Reports on dispensaries and lunatic asylums in the Province of Oudh - 1869-1876
Year: 1869
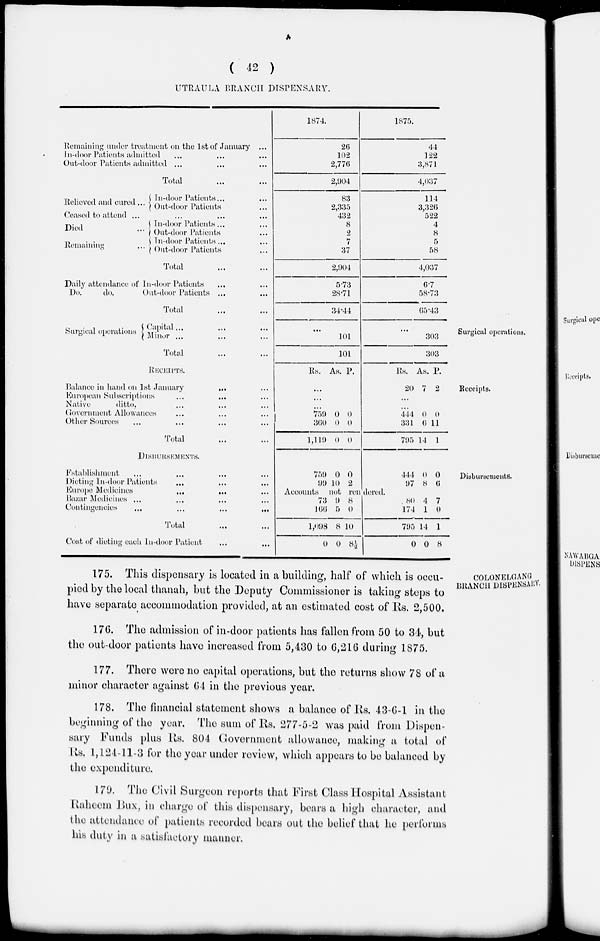
( 42 )
UTRAULA BRANCH DISPENSARY.
Remaining under treatment on the 1st of January ...
In-door Patients admitted ... ... ...
Out-door Patients admitted ... ... ...
Total ... ...
1874.
26
102
2,776
2,904
1875.
44
122
3,871
4,037
Relieved and cured ...
In-door Patients ... ...
Out-door Patients ...
Ceased to attend ... ... ... ...
Died ...
Remaining ...
In-door Patients ... ...
Out-door Patients ...
In-door Patients ... ...
Out-door Patients ...
Total ... ...
83
2,335
432
8
2
7
37
2,904
114
3,326
522
4
8
5
58
4,037
Daily attendance of In-door Patients
... ...
Do.
do.
Out-door Patients ...
...
Total
...
...
5.73
28.71
34.44
6.7
58.73
65.43
Surgical operations.
Surgical operations
Capital ... ... ...
Minor ... ... ...
Total ... ...
...
101
101
...
303
303
Receipts.
RECEIPTS.
Balance in hand on 1st January
...
...
European Subscriptions
...
...
Native
ditto, ... ... ...
Government Allowances ... ... ...
Other Sources ... ...
Total ... ...
Rs. As. P.
...
...
...
759
360
1,119
0
0
0
0
0
0
Rs.
20
As.
7
P.
2
...
...
444
331
795
0
6
14
0
11
1
Disbursements.
DISBURSEMENTS.
Establishment ... ... ... ...
Dieting In-door Patients
... ... ...
Europe Medicines
... ... ...
Bazar Medicines ... ... ... ...
Contingencies
...
...
...
...
Total
...
...
Cost of dieting each In-door Patient ... ...
759
99
0
10
0
2
444
97
0
8
0
6
Accounts not rendered.
73
166
1,098
0
9
5
8
0
8
0
10
8½
80
174
795
0
4
1
14
0
7
0
1
8
COLONELGANG
BRANCH DlSPENSARY.
175. This dispensary is located in a building, half of which is occu-
pied by the local thanah, but the Deputy Commissioner is taking steps to
have separate accommodation provided, at an estimated cost of Rs. 2,500.
176. The admission of in-door patients has fallen from 50 to 34, but
the out-door patients have increased from 5,430 to 6,216 during 1875.
177. There were no capital operations, but the returns show 78 of a
minor character against 64 in the previous year.
178. The financial statement shows a balance of Rs. 43-6-l in the
beginning of the year. The sum of Rs. 277-5-2 was paid from Dispen-
sary Funds plus Rs. 804 Government allowance, making a total of
Rs. 1,124-11-3 for the year under review, which appears to be balanced by
the expenditure.
179. The Civil Surgeon reports that First Class Hospital Assistant
Raheem Bux, in charge of this dispensary, bears a high character, and
the attendance of patients recorded bears out the belief that he performs
his duty in a satisfactory manner.